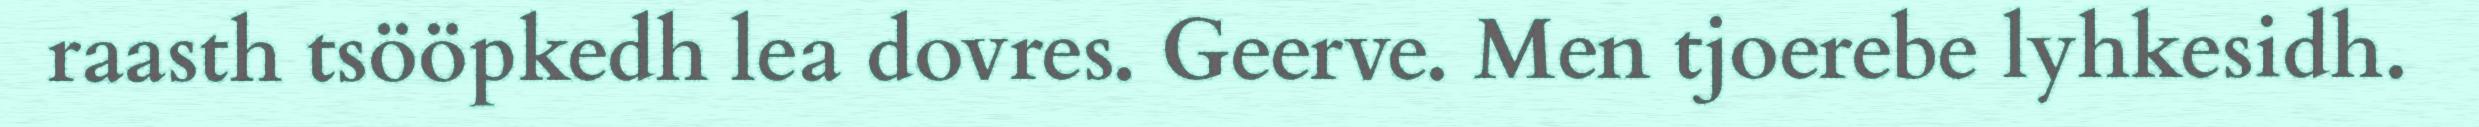
raasth tsööpkedh lea dovres. Geerve. Men tjoerebe lyhkesidh.